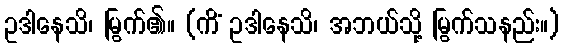
ဥဒါနေသိ၊ မြွက်၏။ (ကိံ ဥဒါနေသိ၊ အဘယ်သို့ မြွက်သနည်း။)